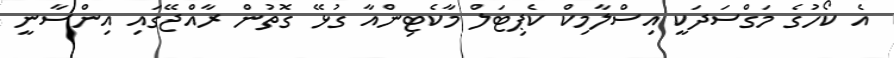
އެ ކޯހުގެ މަގްސަދަކީ އިސްލާމިކް ކެޕިޓަލް މާކެޓިންއާ ގުޅޭ ގޮތުން ރާއްޖޭގައި އިންސާނީ